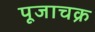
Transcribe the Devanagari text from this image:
पूजाचक्र